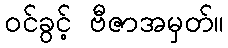
ဝင်ခွင့် ဗီဇာအမှတ်။